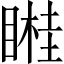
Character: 𥉯